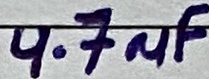
Text: 4.7µF